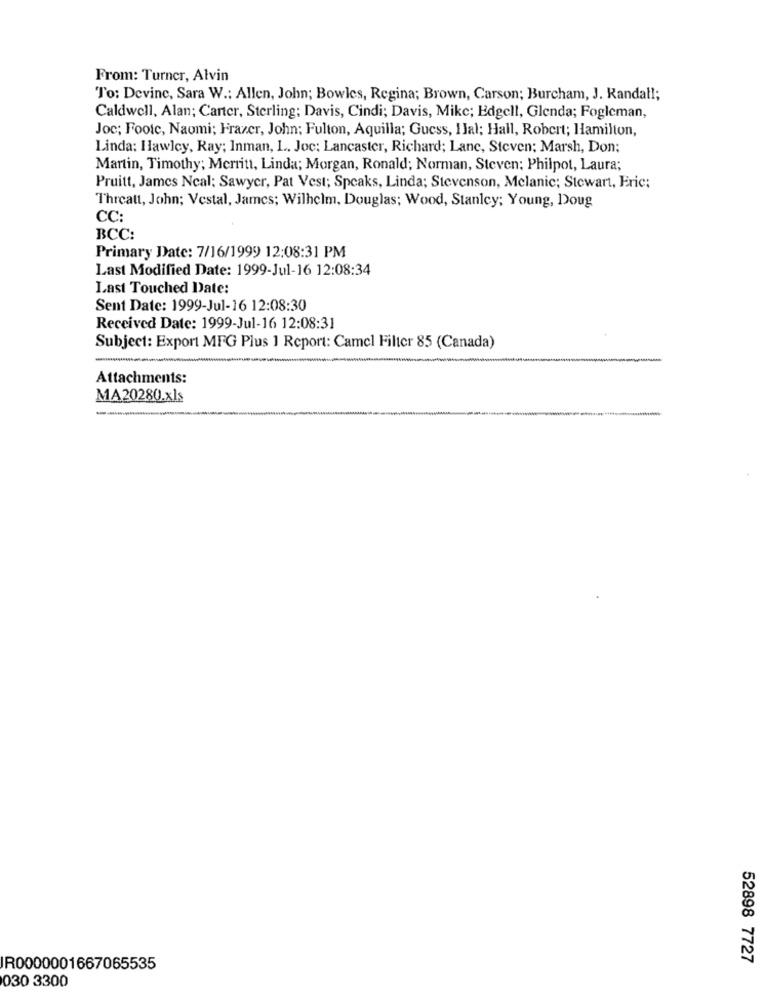
From: Turner, Alvin
To: Devine, Sara W .: Allen, John; Bowles, Regina; Brown, Carson; Burcham, J. Randall;
Caldwell, Alan; Carter, Sterling; Davis, Cindi; Davis, Mike; Edgell, Glenda; Fogleman,
Joc; Foote, Naomi; Frazer, John: Fulton, Aquilla; Guess, IJal; Hall, Robert; Hamilton,
Linda: Hawley, Ray; Inman, L .. Joc; Lancaster, Richard; Lane, Steven; Marsh, Don;
Martin, Timothy; Merritt, Linda; Morgan, Ronald; Norman, Steven: Philpot, Laura;
Pruitt, James Neal: Sawyer, Pat Vest; Speaks, Linda; Stevenson, Melanic; Stewart, Eric;
Threatt, John; Vestal, James; Wilhelm, Douglas; Wood, Stanley; Young, Doug
CC:
BCC:
Primary Date: 7/16/1999 12:08:31 PM
Last Modified Date: 1999-Jul-16 12:08:34
Last Touched Date:
Sent Date: 1999-Jul-16 12:08:30
Received Date: 1999-Jul-16 12:08:31
Subject: Export MFG Plus 1 Report: Camel Filter 85 (Canada)
Attachments:
MA20280.xls
52898 7727
R0000001667065535
030 3300